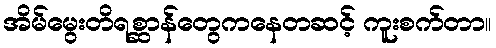
အိမ်မွေးတိရစ္ဆာန်တွေကနေတဆင့် ကူးစက်တာ။